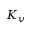
K _ { v }